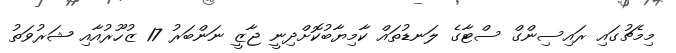
މިމެޗުގައި ރައިސިންގް ސްޓާގެ ލަނޑުތައް ކާމިޔާބުކޮށްދިނީ ޖާޒީ ނަންބަރު 17 ޒުހޫރުއާއި ޝަރުވަތު